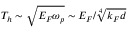
T _ { h } \sim \sqrt { E _ { F } \omega _ { p } } \sim E _ { F } / \sqrt [ 4 ] { k _ { F } d }